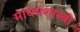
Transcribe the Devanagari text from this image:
माधवशास्त्री